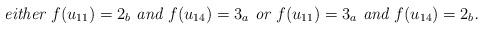
LaTeX: \begin{align*}\mbox{\em either $f(u_{11})=2_b$ and $f(u_{14})=3_a$ or $f(u_{11})=3_a$ and $f(u_{14})=2_b$.}\end{align*}